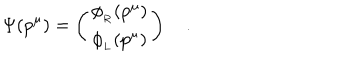
\Psi ( p ^ { \mu } ) = \left( \begin{matrix} { { \phi _ { _ R } ( p ^ { \mu } ) } } \\ { { \phi _ { _ L } ( p ^ { \mu } ) } } \\ \end{matrix} \right) \quad .